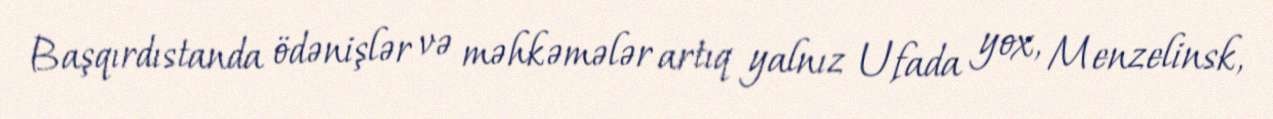
Başqırdıstanda ödənişlər və məhkəmələr artıq yalnız Ufada yox, Menzelinsk,